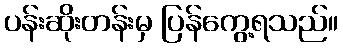
ပန်းဆိုးတန်းမှ ပြန်ကွေ့ရသည်။